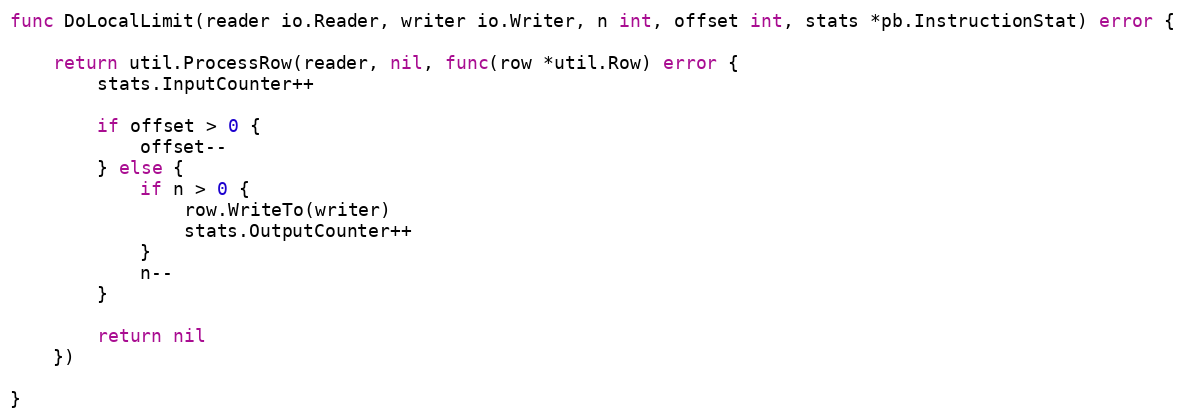
Language: Go
func DoLocalLimit(reader io.Reader, writer io.Writer, n int, offset int, stats *pb.InstructionStat) error {

	return util.ProcessRow(reader, nil, func(row *util.Row) error {
		stats.InputCounter++

		if offset > 0 {
			offset--
		} else {
			if n > 0 {
				row.WriteTo(writer)
				stats.OutputCounter++
			}
			n--
		}

		return nil
	})

}